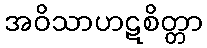
အဝိသာဟဋစိတ္တာ